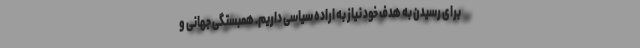
برای رسیدن به هدف خود نیاز به اراده سیاسی داریم. همبستگی جهانی و